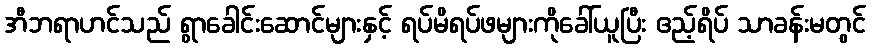
အီဘရာဟင်သည် ရွာခေါင်းဆောင်များနှင့် ရပ်မိရပ်ဖများကိုခေါ်ယူပြီး ဧည့်ရိပ် သာခန်းမတွင်